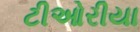
ટીઓરીયા